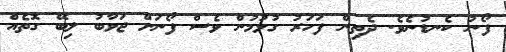
ފޯނު ކެނޑުނެވެ. ދެތިން ފަހަރު ގުޅުމުން ވެސް ފޯނަށް ޖަވާބު ލިބޭ ގޮތެއް